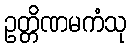
ဥတ္တိဏမကံသု